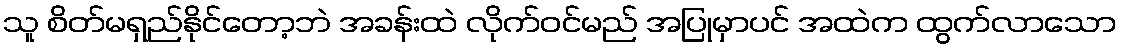
သူ စိတ်မရှည်နိုင်တော့ဘဲ အခန်းထဲ လိုက်ဝင်မည် အပြုမှာပင် အထဲက ထွက်လာသော